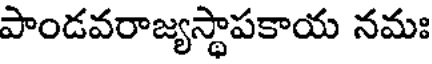
పాండవరాజ్యస్థాపకాయ నమః